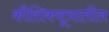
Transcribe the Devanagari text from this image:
कौशिकसूत्रातील